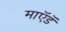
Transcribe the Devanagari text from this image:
माऍडॅ